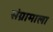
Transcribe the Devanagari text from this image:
संग्रामाला